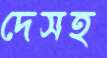
দেসহ